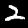
Digit: 2